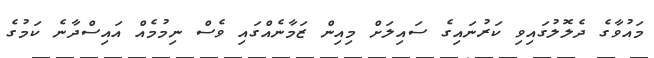
މައުވާގެ ދެލޮލުގައިވި ކަރުނައިގެ ސައިލަށް މިއިން ޒަމާނެއްގައި ވެސް ނިމުމެއް އައިސްދާނެ ކަމުގެ